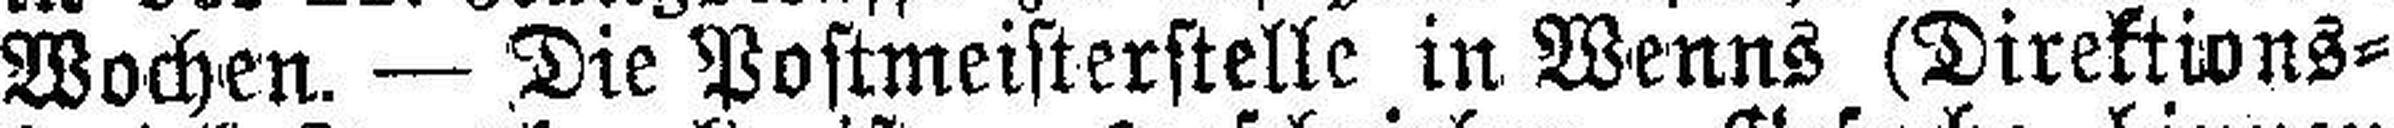
Wochen. — Die Postmeisterstelle in Wenns (Direktions¬